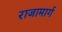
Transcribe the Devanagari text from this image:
राजामार्ग